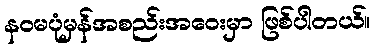
နဝမပုံမှန်အစည်းအဝေးမှာ ဖြစ်ပါတယ်။